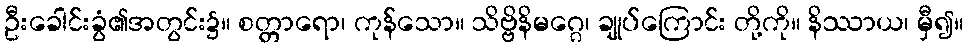
ဦးခေါင်းခွံ၏အတွင်း၌။ စတ္တာရော၊ ကုန်သော။ သိဗ္ဗိနိမဂ္ဂေ၊ ချုပ်ကြောင်း တို့ကို။ နိဿာယ၊ မှီ၍။